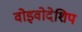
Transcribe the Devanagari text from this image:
वोइवोदेशिप